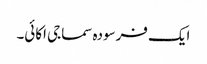
ایک فرسودہ سماجی اکائی۔